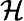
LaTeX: \cal\mathcal{H}